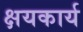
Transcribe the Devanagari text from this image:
क्षयकार्य